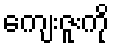
ကျေးဇူးကို